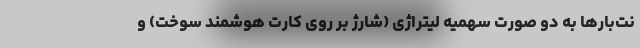
نت‌بارها به دو صورت سهمیه لیتراژی (شارژ بر روی کارت هوشمند سوخت) و